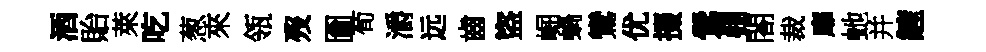
酒貽萊吃葱來瓴歿圗荀灂远齒盜崛蝸鸞优掇鶯棚閤裁靡虵并鏟